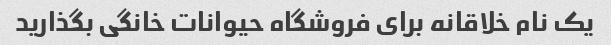
یک نام خلاقانه برای فروشگاه حیوانات خانگی بگذارید